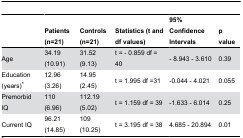
<table><thead><tr><td></td><td><b>Patients (n=21)</b></td><td><b>Controls (n=21)</b></td><td><b>Statistics (t and df values)</b></td><td><b>95% Confidence Intervals</b></td><td><b>p value</b></td></tr></thead><tbody><tr><td>Age</td><td>34.19 (10.91)</td><td>31.52 (9.13)</td><td>t = - 0.859 df = 40</td><td>- 8.943 - 3.610</td><td>0.39</td></tr><tr><td>Education (years)*</td><td>12.96 (3.26)</td><td>14.95 (2.45)</td><td>t = 1.995 df =31</td><td>-0.044 - 4.021</td><td>0.055</td></tr><tr><td>Premorbid IQ</td><td>110 (6.96)</td><td>112.19 (5.02)</td><td>t = 1.159 df = 39</td><td>-1.633 - 6.014</td><td>0.25</td></tr><tr><td>Current IQ</td><td>96.21 (14.85)</td><td>109 (10.25)</td><td>t = 3.195 df = 38</td><td>4.685 - 20.894</td><td>0.01</td></tr></tbody></table>